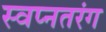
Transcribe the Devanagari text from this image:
स्वप्नतरंग